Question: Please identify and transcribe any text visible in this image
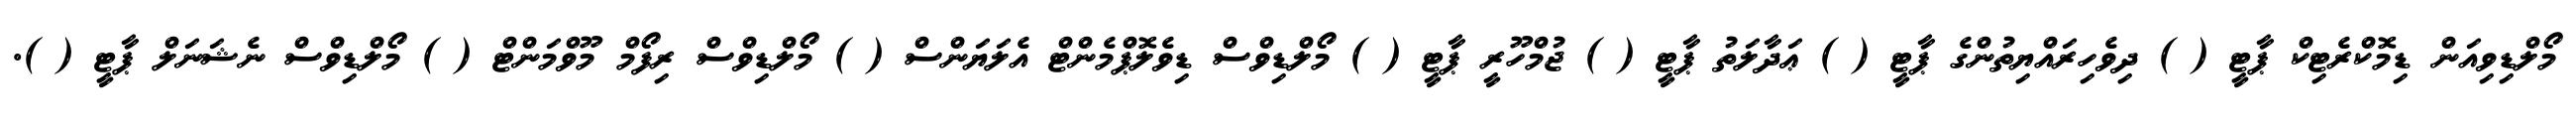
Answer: މޯލްޑިވިއަން ޑިމޮކްރެޓިކް ޕާޓީ ( ) ދިވެހިރައްޔިތުންގެ ޕާޓީ ( ) ޢަދާލަތު ޕާޓީ ( ) ޖުމްހޫރީ ޕާޓީ ( ) މޯލްޑިވްސް ޑިވެލޮޕްމެންޓް އެލަޔަންސް ( ) މޯލްޑިވްސް ރިފޯމް މޫވްމަންޓް ( ) މޯލްޑިވްސް ނެޝަނަލް ޕާޓީ ( ).